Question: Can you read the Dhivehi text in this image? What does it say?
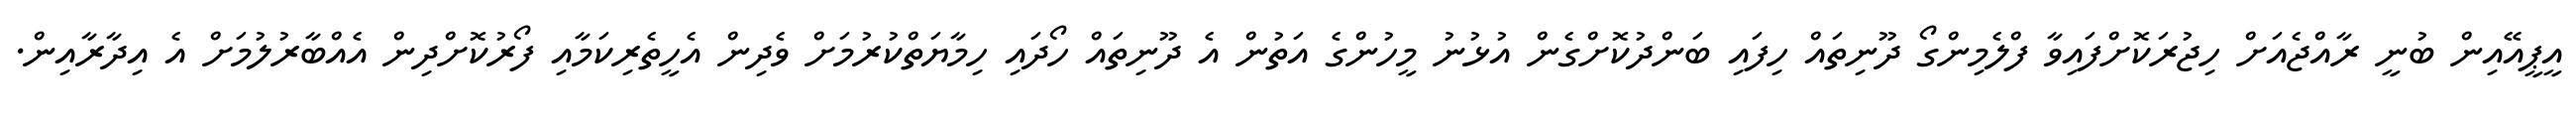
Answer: އީޕީއޭއިން ބުނީ ރާއްޖެއަށް ހިޖުރަކޮށްފައިވާ ފްލެމިންގޯ ދޫނިތައް ހިފައި ބަންދުކޮށްގެން އުޅުނު މީހުންގެ އަތުން އެ ދޫނިތައް ހޯދައި ހިމާޔަތްކުރުމަށް ވެދިން އެހީތެރިކަމާއި ފޯރުކޮށްދިން އެއްބާރުލުމަށް އެ އިދާރާއިން.